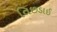
તિછડાઈ